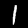
Digit: 1